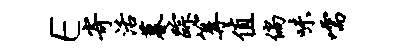
E寄活暮踪篝值倘味嚅